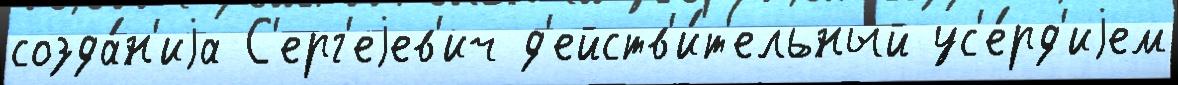
созда́н'иjа С'ерг'еjев'ич д'ейств'и́т'ельный ус'е́рд'иjем